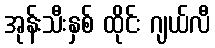
အုန်းသီးနှစ် ထိုင်း ဂျယ်လီ